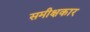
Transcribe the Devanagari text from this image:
समीक्षकार